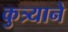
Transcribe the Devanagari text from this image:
कुत्र्याने